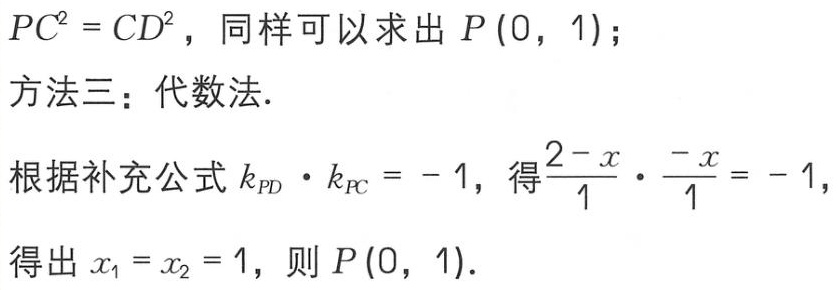
$PC^{2}=CD^{2}，同样可以求出P(0，1)；

方法三：代数法.

根据补充公式k_{PD} \cdot k_{PC}=-1，得\frac{2 - x}{1} \cdot \frac{-x}{1}=-1，

得出x_{1}=x_{2}=1，则P(0，1).$